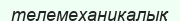
телемеханикалық